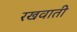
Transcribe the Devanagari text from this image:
रखवाती